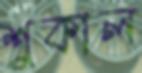
শুকাল